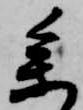
参